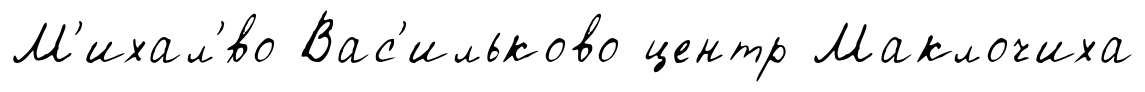
М'ихал'́во Вас'ильково центр Маклочиха